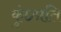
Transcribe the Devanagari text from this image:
कुं०प्रति